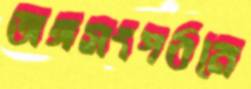
অঙ্গসংগঠনে